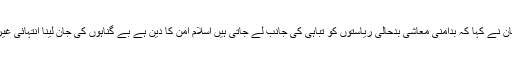
مولانا فضل الرحمان نے کہا کہ بدامنی معاشی بدحالی ریاستوں کو تباہی کی جانب لے جاتی ہیں اسلام امن کا دین ہے بے گناہوں کی جان لینا انتہائی غیر اسلامی فعل ہے۔